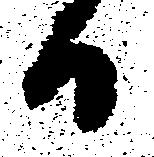
日